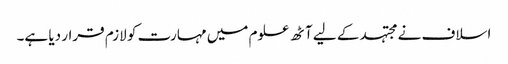
اسلاف نے مجتہد کے لیے آٹھ علوم میں مہارت کو لازم قرار دیا ہے۔